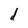
Character: d